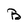
Character: B